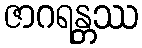
ဇာဂရန္တဿ